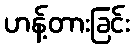
ဟန့်တားခြင်း